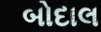
બોદાલ